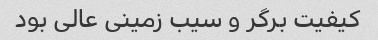
کیفیت برگر و سیب زمینی عالی بود